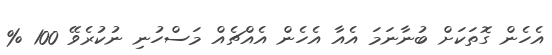
އެހެން ގޮތަކަށް ބުނާނަމަ އެއާ އެހެން އެއްޗެއް މަސްހުނި ނުކުރެވޭ 100 %